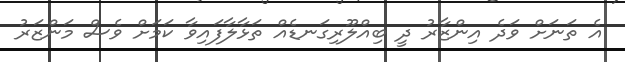
އެ ތަނަށް ވަދެ އިންޒާރު ދީ ބިއްލޫރިގަނޑެއް ތަޅާލާފައިވާ ކަމަށް ވެސް މަންޒަރު